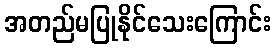
အတည်မပြုနိုင်သေးကြောင်း